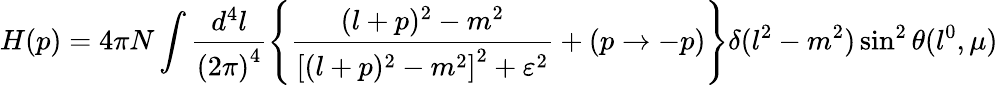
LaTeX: H(p)=4\pi N\int\frac{d^{4}l}{{(2\pi)}^{4}}\left\{ \frac{(l+p)^{2}-m^{2}}{{[(l+p)^{2}-m^{2}]}^{2}+\varepsilon^{2}}+(p\to-p)\right\} \delta(l^{2}-m^{2})\sin^{2}\theta(l^{0},\mu)